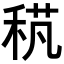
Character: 𥟌